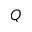
Q